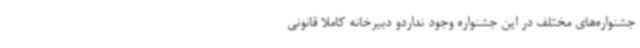
جشنواره‌های مختلف در این جشنواره وجود نداردو دبیرخانه کاملاً قانونی